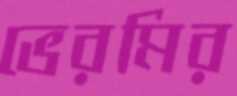
ভেরমির